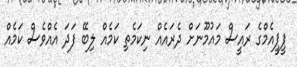
ޕީޕީއެމްގެ ރައީސް މައުމޫނަށް ދެރައެއް ނިކަމެތި ކަމެއް ލިބޭ ފަދަ އެއްވެސް ކަމެއް